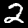
Label: 2